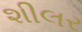
શીલર